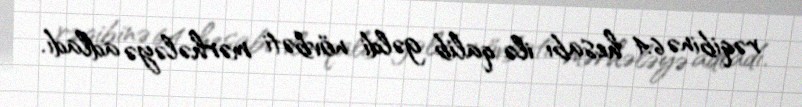
rəqibinə 6:4 hesabı ilə qalib gəldi növbəti mərhələyə adladı.